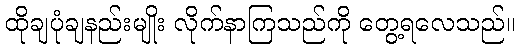
ထိုချပုံချနည်းမျိုး လိုက်နာကြသည်ကို တွေ့ရလေသည်။